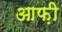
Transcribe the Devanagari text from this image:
आफ़ी